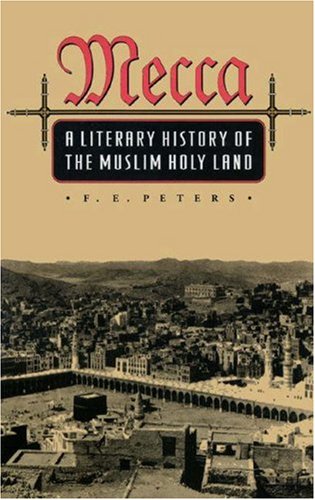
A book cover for Mecca: A Literary History of the Muslim Holy Land; F. E. Peters; Religion & Spirituality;